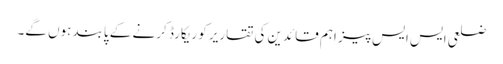
ضلعی ایس ایس پیز اہم قائدین کی تقاریر کو ریکارڈ کرنے کے پابند ہوں گے۔